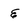
Character: E